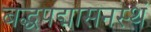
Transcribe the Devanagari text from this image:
बद्धपद्मासनस्थं